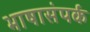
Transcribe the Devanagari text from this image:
भाषासंपर्क